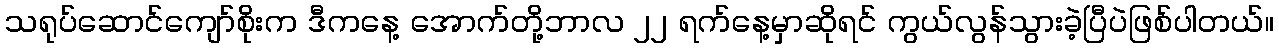
သရုပ်ဆောင်ကျော်စိုးက ဒီကနေ့ အောက်တို့ဘာလ ၂၂ ရက်နေ့မှာဆိုရင် ကွယ်လွန်သွားခဲ့ပြီပဲဖြစ်ပါတယ်။